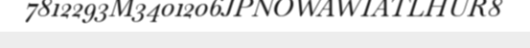
7812293M3401206JPNOWAWIATLHUR8